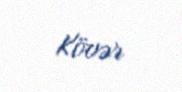
Kövər